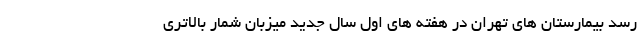
رسد بیمارستان های تهران در هفته های اول سال جدید میزبان شمار بالاتری